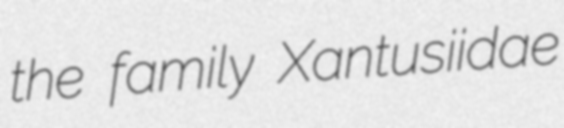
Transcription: the family Xantusiidae